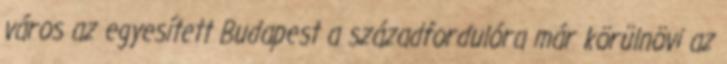
város az egyesített Budapest a századfordulóra már körülnövi az